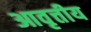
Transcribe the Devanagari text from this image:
आवृत्तीय